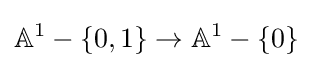
\mathbb {A} ^{1}-\{0,1\}\to \mathbb {A} ^{1}-\{0\}